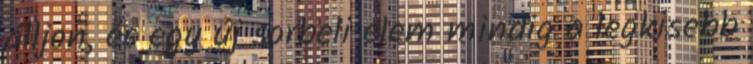
álljon, és egy új sorbeli elem mindig a legkisebb